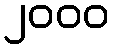
၂၀၀၀